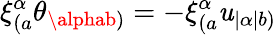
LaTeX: \xi_{(a}^{\alpha}\theta_{\alphab)}=-\xi_{(a}^{\alpha}\mathit{u}_{|\alpha|b)}